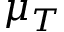
\mu _ { T }